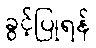
ခွင့်ပြုရန်